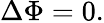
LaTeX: \Delta\Phi=0.